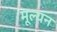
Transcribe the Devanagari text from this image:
मूल्‍यन